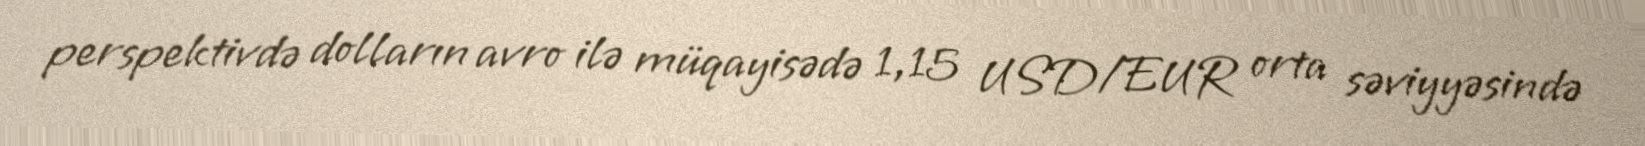
perspektivdə dolların avro ilə müqayisədə 1,15 USD/EUR orta səviyyəsində